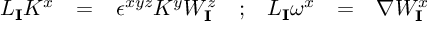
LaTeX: \begin{array} { c c c c c c c } { { { \cal L } _ { \mathbf { I } } K ^ { x } } } & { { = } } & { { \epsilon ^ { x y z } K ^ { y } W _ { \mathbf { I } } ^ { z } } } & { { ; } } & { { { \cal L } _ { \mathbf { I } } \omega ^ { x } } } & { { = } } & { { \nabla W _ { \mathbf { I } } ^ { x } } } \end{array}